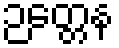
ဉတ္တေန